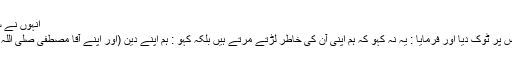
انہوں نے سنانا شروع کیا یہاں تک وہ اس قول پر پہنچے :
تو رسول اللہ صلی اللہ علیہ وآلہ وسلم نے انہیں اس پر ٹوک دیا اور فرمایا : یہ نہ کہو کہ ہم اپنی آن کی خاطر لڑتے مرتے ہیں بلکہ کہو : ہم اپنے دین (اور اپنے آقا مصطفی صلی اللہ علیہ وآلہ وسلم کی ناموس) کی خاطر لڑتے ہیں۔